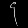
Digit: ၄